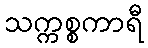
သက္ကစ္စကာရီ